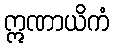
ဣဏာယိကံ